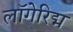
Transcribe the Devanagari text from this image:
लॉगेरिद्म